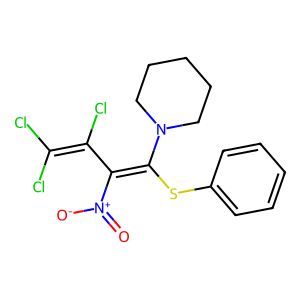
SMILES: O=[N+]([O-])C(C(Cl)=C(Cl)Cl)=C(Sc1ccccc1)N1CCCCC1
Inhibits HIV replication: No